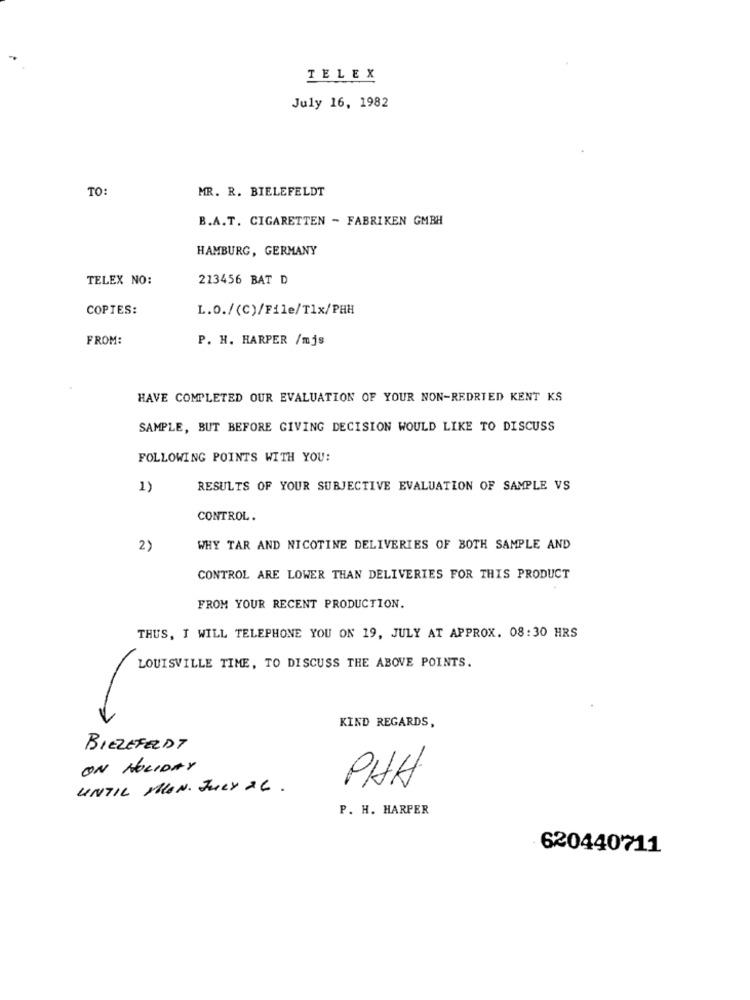
TELEX
July 16, 1982
TO:
MR. R. BIELEFELDT
B.A.T. CIGARETTEN - FABRIKEN GMBH
HAMBURG, GERMANY
TELEX NO:
213456 BAT D
COPTES:
L.O./(C)/File/T1x/PHH
FROM:
P. H. HARPER /mjs
HAVE COMPLETED OUR EVALUATION OF YOUR NON-REDRIED KENT KS
SAMPLE, BUT BEFORE GIVING DECISION WOULD LIKE TO DISCUSS
FOLLOWING POINTS WITH YOU:
1)
RESULTS OF YOUR SUBJECTIVE EVALUATION OF SAMPLE VS
CONTROL.
2)
WHY TAR AND NICOTINE DELIVERIES OF BOTH SAMPLE AND
CONTROL ARE LOWER THAN DELIVERIES FOR THIS PRODUCT
FROM YOUR RECENT PRODUCTION.
THUS, I WILL TELEPHONE YOU ON 19, JULY AT APPROX. 08:30 HRS
LOUISVILLE TIME, TO DISCUSS THE ABOVE POINTS.
KIND REGARDS,
BIELEFELDT
ON HOLIDAY
UNTIL MON. JULY 2 6 .
PHH
P. H. HARPER
620440711